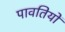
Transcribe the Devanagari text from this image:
पावतियों